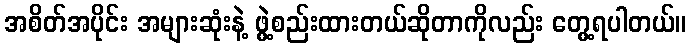
အစိတ်အပိုင်း အများဆုံးနဲ့ ဖွဲ့စည်းထားတယ်ဆိုတာကိုလည်း တွေ့ရပါတယ်။